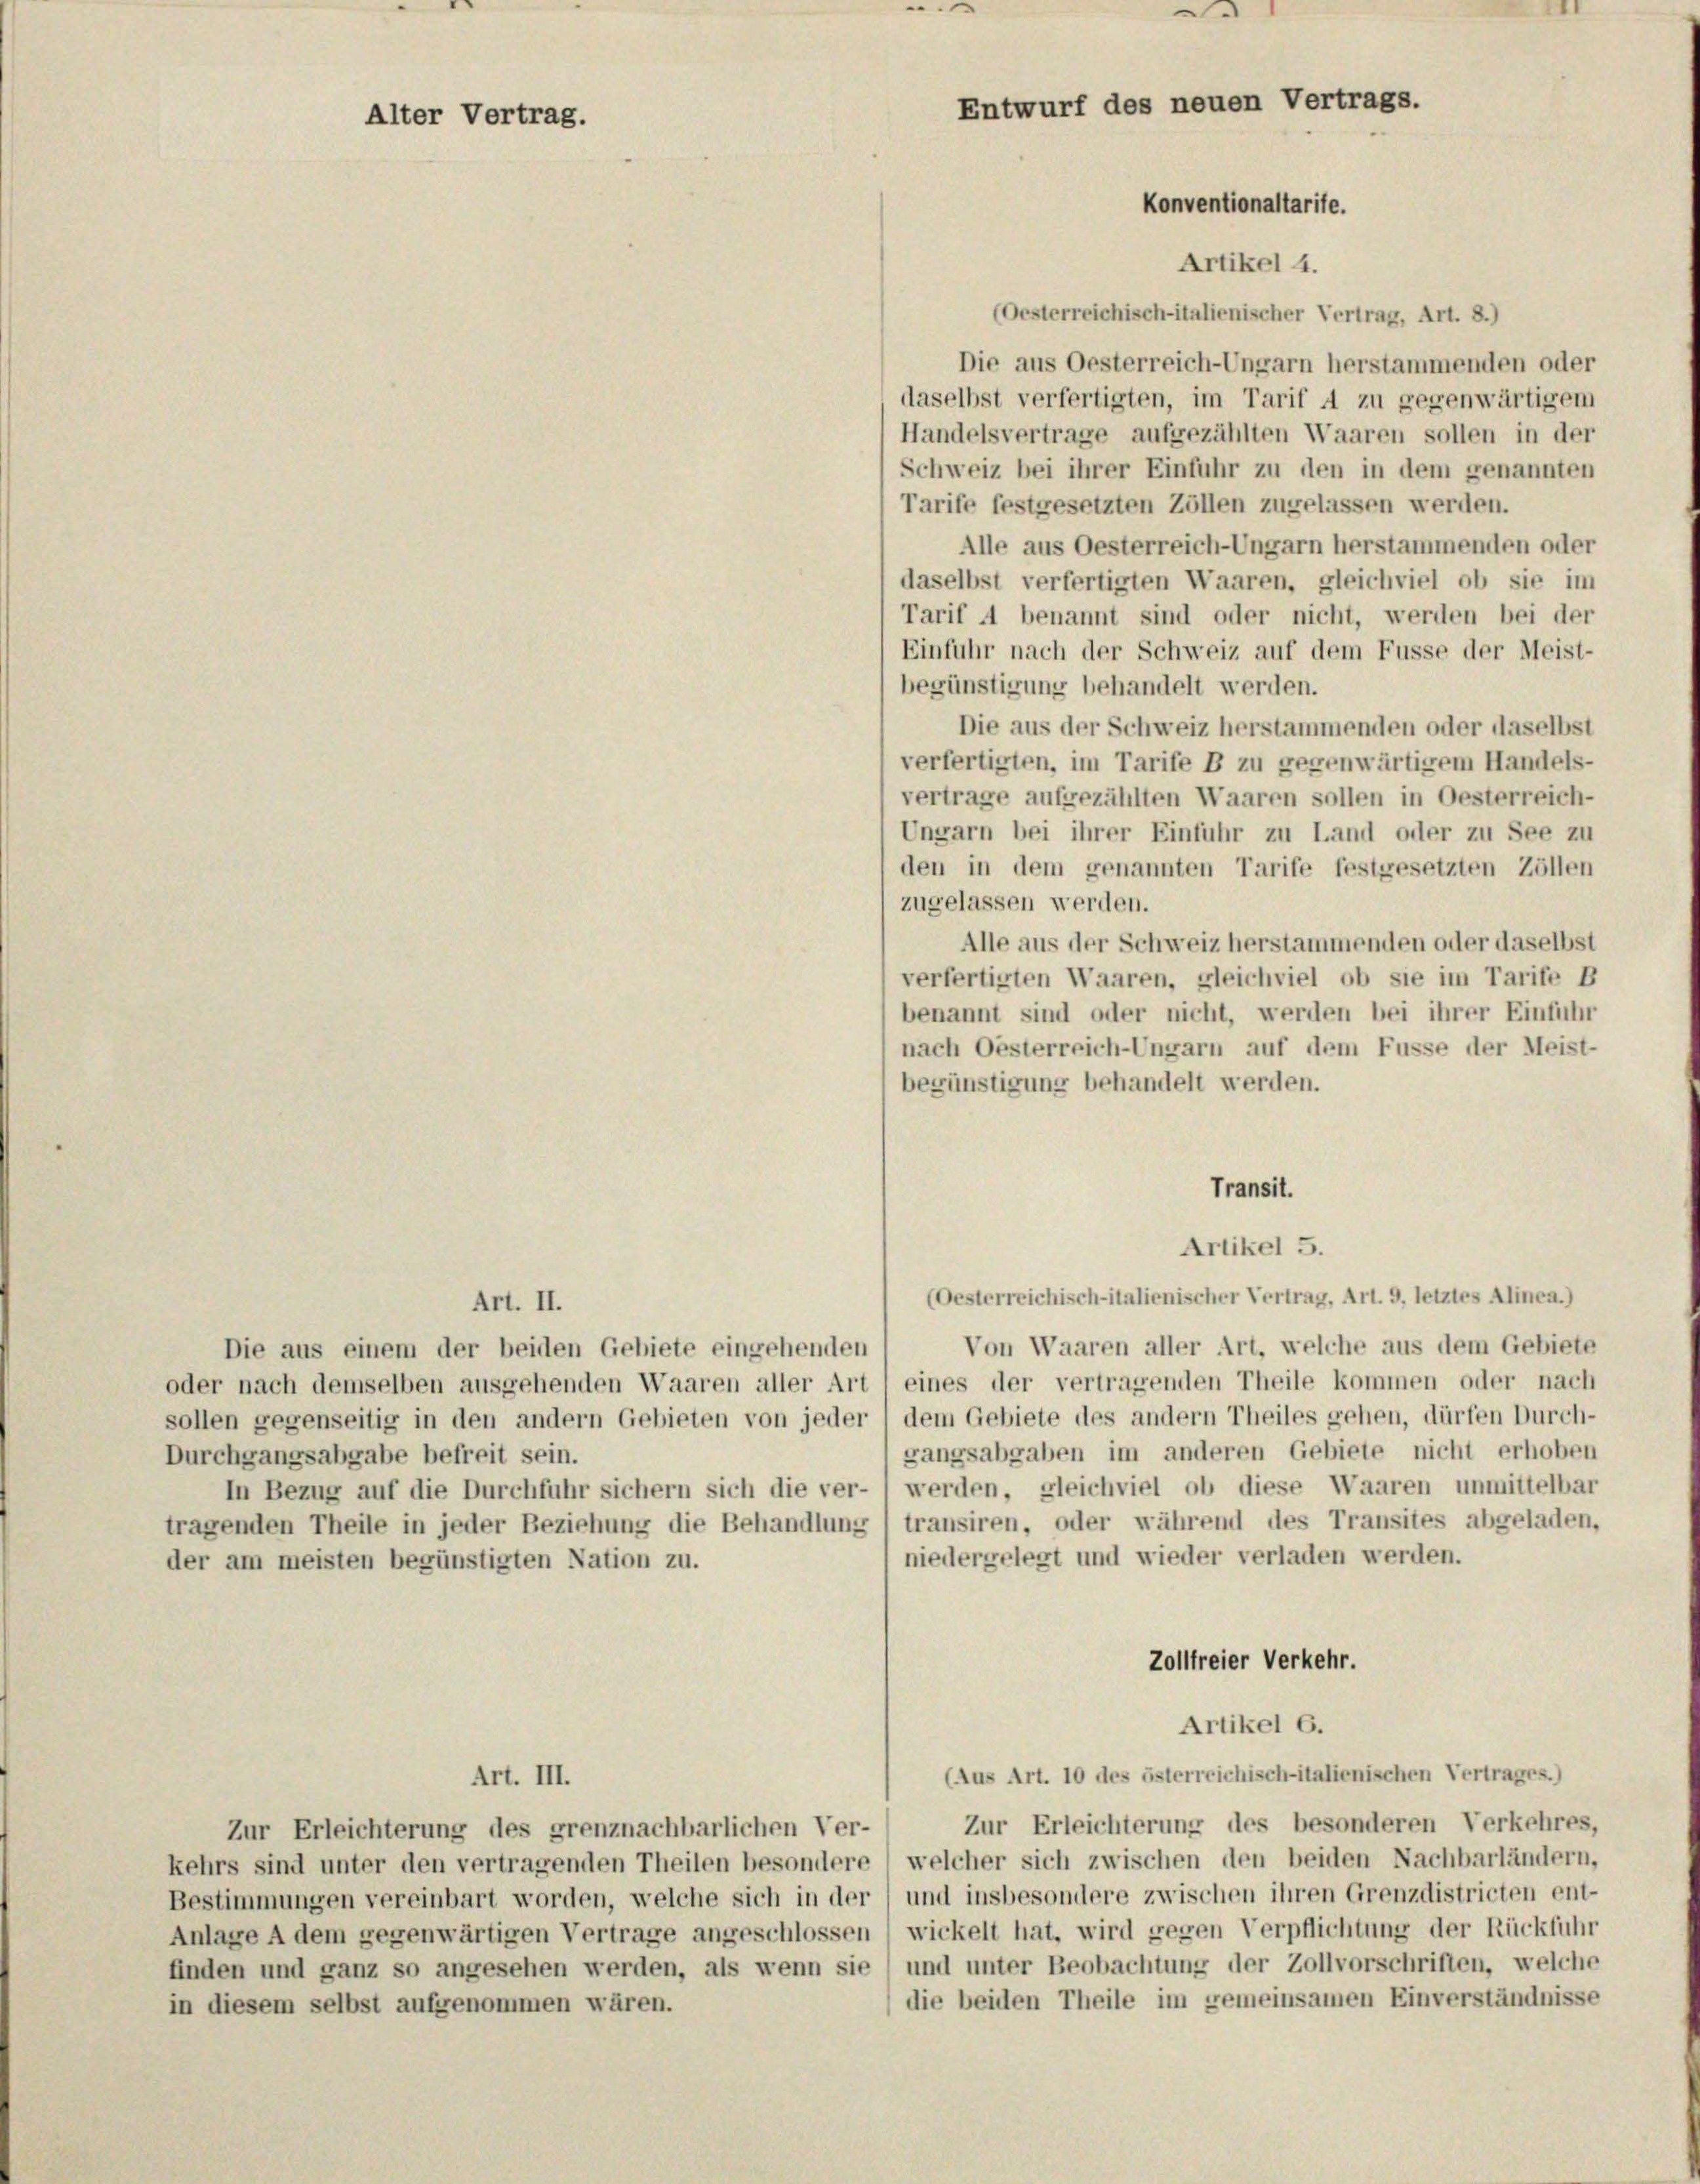
(Oesterreichisch-italienischer Vertrag, Art. 8.)
Die aus Oesterreich-Ungarn herstammenden oder
daselbst verfertigten, im Tarif A zu gegenwärtigem
Handelsvertrage aufgezählten Waaren sollen in der
Schweiz bei ihrer Einfuhr zu den in dem genannten
Tarife festgesetzten Zöllen zugelassen werden.
Alle aus Oesterreich-Ungarn herstammenden oder
daselbst verfertigten Waaren, gleichviel ob sie im
Tarif A benannt sind oder nicht, werden bei der
Einfuhr nach der Schweiz auf dem Fusse der Meist-
begünstigung behandelt werden.
Die aus der Schweiz herstammenden oder daselbst
verfertigten, im Tarife B zu gegenwärtigem Handels-
vertrage aufgezählten Waaren sollen in Oesterreich-
Ungarn bei ihrer Einfuhr zu Land oder zu See zu
den in dem genannten Tarife festgesetzten Zöllen
zugelassen werden.
Alle aus der Schweiz herstammenden oder daselbst
verfertigten Waaren, gleichviel ob sie im Tarife B
benannt sind oder nicht, werden bei ihrer Einfuhr
nach Oesterreich-Ungarn auf dem Fusse der Meist-
begünstigung behandelt werden.
Transit.
Artikel 5.
(Oesterreichisch-italienischer Vertrag, Art. 9, letztes Alinea.)
Art. II.
Von Waaren aller Art, welche aus dem Gebiete
Die aus einem der beiden Gebiete eingehenden
oder nach demselben ausgehenden Waaren aller Art 1 eines der vertragenden Theile kommen oder nach
sollen gegenseitig in den andern Gebieten von jeder dem Gebiete des andern Theiles gehen, dürfen Durch-
gangsabgaben im anderen Gebiete nicht erhoben
Durchgangsabgabe befreit sein.
In Bezug auf die Durchfuhr sichern sich die ver- l werden, gleichviel ob diese Waaren unmittelbar
tragenden Theile in jeder Beziehung die Behandlung 1 transiren, oder während des Transites abgeladen,
niedergelegt und wieder verladen werden.
der am meisten begünstigten Nation zu.
Zollfreier Verkehr.
Artikel 6.
(Aus Art. 10 des österreichisch-italienischen Vertrages.)
Art. III.
Zur Erleichterung des besonderen Verkehres,
Zur Erleichterung des grenznachbarlichen Ver-
kehrs sind unter den vertragenden Theilen besondere, welcher sich zwischen den beiden Nachbarländern,
Bestimmungen vereinbart worden, welche sich in der (und insbesondere zwischen ihren Grenzdistricten ent-
Anlage A dem gegenwärtigen Vertrage angeschlossen (wickelt hat, wird gegen Verpflichtung der Rückführ
finden und ganz so angesehen werden, als wenn sie / und unter Beobachtung der Zollvorschriften, welche
die beiden Theile im gemeinsamen Einverständnisse
in diesem selbst aufgenommen wären.

Alter Vertrag.

e
Entwurf des neuen Vertrags.
Konventionaltarife.